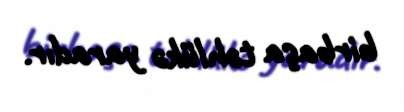
birbaşa təhlükə yaradır.